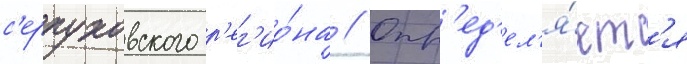
с'ерпуховского р'ег'ио́на // Опр'ед'ел'я́етс'я